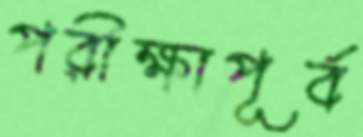
পরীক্ষাপূর্ব